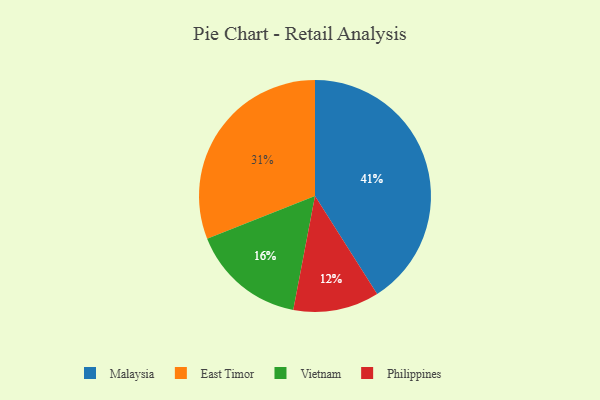
{"axis": {"x": "Category", "y": "Percentage"}, "legend": ["East Timor", "Malaysia", "Philippines", "Vietnam"], "data": [{"x": "Vietnam", "y": 16, "type": "Vietnam"}, {"x": "Malaysia", "y": 41, "type": "Malaysia"}, {"x": "Philippines", "y": 12, "type": "Philippines"}, {"x": "East Timor", "y": 31, "type": "East Timor"}]}